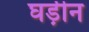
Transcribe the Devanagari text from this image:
घड़ीन